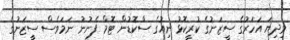
މިދިޔަ އަހަރުގެ ސީޒަނުގެ ކުރީކޮޅު ނިއުގެ ސްކޮޑުން ޓޮމް ފެނުނު ނަމަވެސް ސީޒަނުގެ